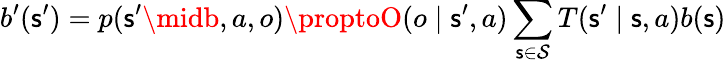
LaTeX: b^{\prime}(\mathsf{s}^{\prime})=p(\mathsf{s}^{\prime}\midb,a,o)\proptoO(o\mid\mathsf{s}^{\prime},a)\sum_{\mathsf{s}\in\mathcal{{S}}}T(\mathsf{s}^{\prime}\mid\mathsf{s},a)b(\mathsf{s})